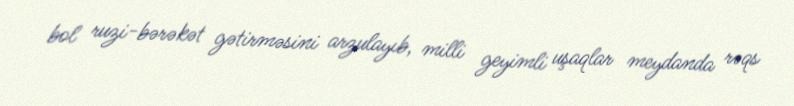
bol ruzi-bərəkət gətirməsini arzulayıb, milli geyimli uşaqlar meydanda rəqs